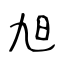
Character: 旭